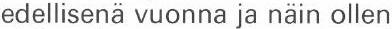
edellisenä vuonna ja näin ollen